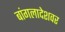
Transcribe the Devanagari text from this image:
बांगलादेशवर